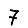
Digit: 7